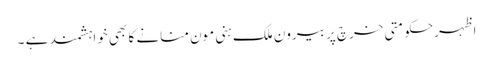
اظہرحکومتی خرچ پر بیرون ملک ہنی مون منانے کا بھی خواہشمند ہے ۔